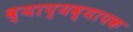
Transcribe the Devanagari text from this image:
व्याप्यव्यापक